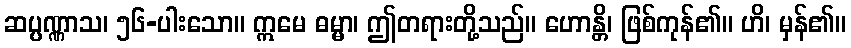
ဆပ္ပဏ္ဏာသ၊ ၅၆-ပါးသော။ ဣမေ ဓမ္မာ၊ ဤတရားတို့သည်။ ဟောန္တိ၊ ဖြစ်ကုန်၏။ ဟိ၊ မှန်၏။